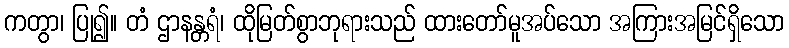
ကတွာ၊ ပြု၍။ တံ ဌာနန္တရံ၊ ထိုမြတ်စွာဘုရားသည် ထားတော်မူအပ်သော အကြားအမြင်ရှိသော